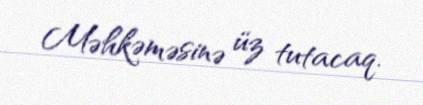
Məhkəməsinə üz tutacaq.